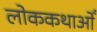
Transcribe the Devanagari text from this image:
लोककथाओँ